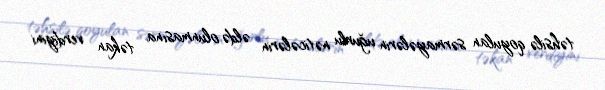
təhsilə qoyulan sərmayələrin uğurlu nəticələrin əldə olunmasına təkan verdiyini